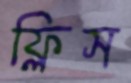
ফ্লিস